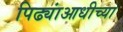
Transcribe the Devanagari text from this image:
पिढ्यांआधीच्या